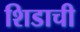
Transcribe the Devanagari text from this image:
शिडाची